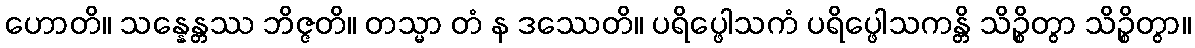
ဟောတိ။ သန္နေန္တဿ ဘိဇ္ဇတိ။ တသ္မာ တံ န ဒဿေတိ။ ပရိပ္ဖေါသကံ ပရိပ္ဖေါသကန္တိ သိဉ္စိတွာ သိဉ္စိတွာ။